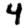
Digit: 4